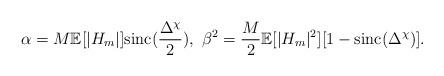
LaTeX: \begin{align*} \alpha = M\mathbb{E}[|H_m|]\mathrm{sinc}(\frac{\Delta^\chi}{2}), \ \beta^2 = \frac{M}{2}\mathbb{E}[|H_m|^2][1-\mathrm{sinc}(\Delta^\chi)]. \end{align*}